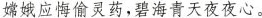
嫦娥应悔偷灵药，碧海青天夜夜心。